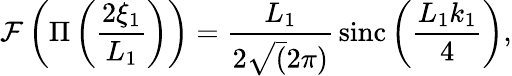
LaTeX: \mathcal{F}\left(\Pi\left(\frac{2\xi_{1}}{L_{1}}\right)\right)=\frac{L_{1}}{2\sqrt(2\pi)}\, \mathrm{sinc}\left(\frac{L_{1}k_{1}}{4}\right),